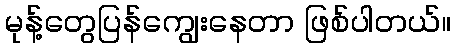
မုန့်တွေပြန်ကျွေးနေတာ ဖြစ်ပါတယ်။